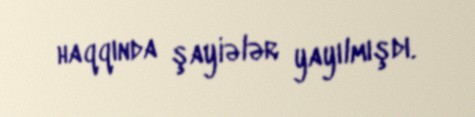
haqqında şayiələr yayılmışdı.